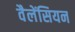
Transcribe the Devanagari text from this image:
वैलेंसियन